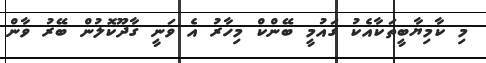
މި ކާމިޔާބީތަކާއެކު ގައުމީ ބޭންކް މިހާރު އެ ވަނީ ގާދޫކޮލުން ބޭރު ވާން